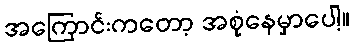
အကြောင်းကတော့ အစုံနေမှာပေါ့။